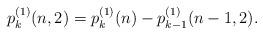
\begin{align*}p^{(1)}_k(n,2)=p^{(1)}_k(n)-p^{(1)}_{k-1}(n-1,2).\end{align*}